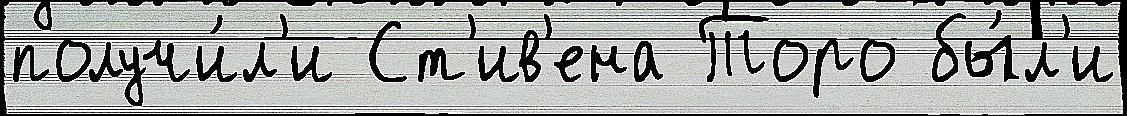
получи́л'и Ст'ив'ена Торо бы́л'и